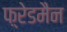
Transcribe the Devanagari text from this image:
फ़्रेडमैन